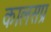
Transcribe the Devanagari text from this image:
कालसप्र